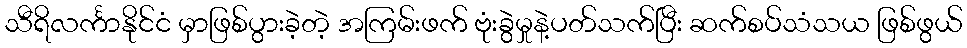
သီရိလင်္ကာနိုင်ငံ မှာဖြစ်ပွားခဲ့တဲ့ အကြမ်းဖက် ဗုံးခွဲမှုနဲ့ပတ်သက်ပြီး ဆက်စပ်သံသယ ဖြစ်ဖွယ်